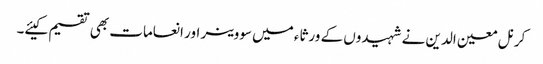
کرنل معین الدین نے شہیدوں کے ورثاء میں سووینر اور انعامات بھی تقسیم کیئے۔